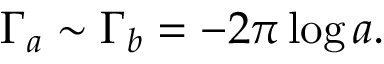
\Gamma _ { a } \sim \Gamma _ { b } = - 2 \pi \log a .